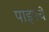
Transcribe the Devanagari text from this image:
पाइपचे